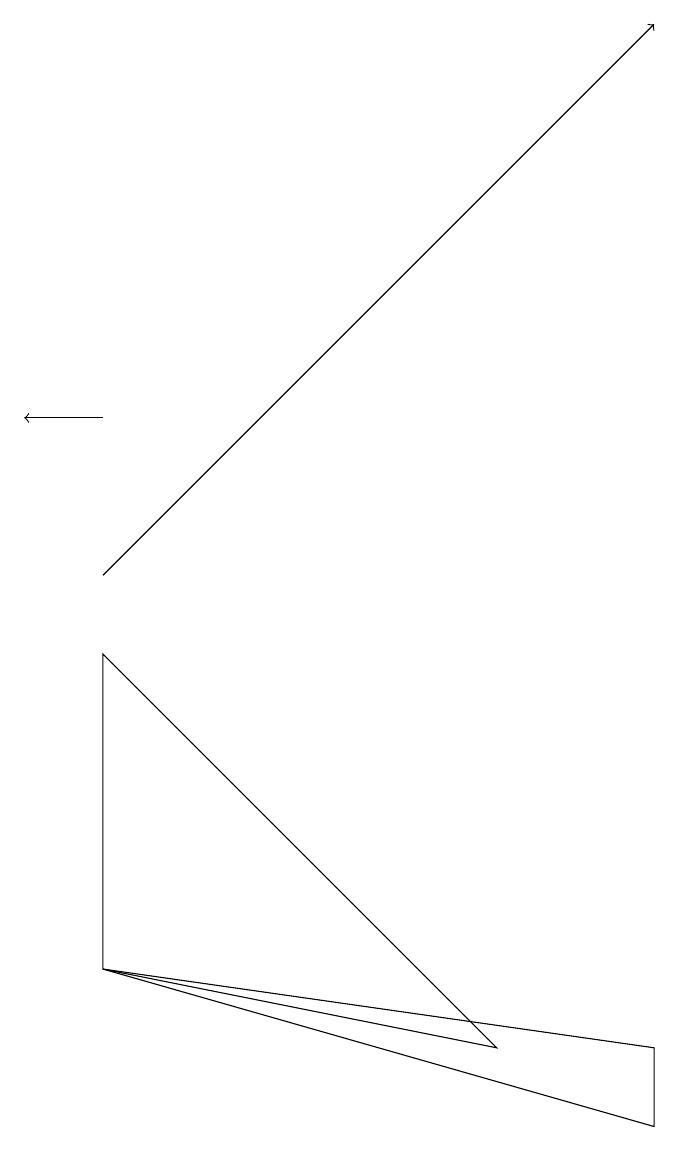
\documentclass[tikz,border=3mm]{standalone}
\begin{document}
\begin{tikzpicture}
\draw[->] (2,10) -- (9,17);
\draw (7,4) -- (2,9) -- (2,5) -- cycle;
\draw (9,4) -- (2,5) -- (9,3) -- cycle;
\draw[->] (2,12) -- (1,12);
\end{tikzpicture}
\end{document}